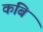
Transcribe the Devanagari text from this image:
कबि